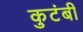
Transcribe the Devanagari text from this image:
कुटंबी